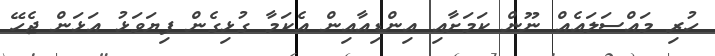
ހުރި މައްސަލައެއް ނޫން ކަމަށާއި އިންޑިއާއިން އެކަމާ ގުޅިގެން ފިޔަވަޅު އަޅަން ޖެހޭ